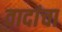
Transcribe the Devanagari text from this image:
वादांचा